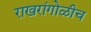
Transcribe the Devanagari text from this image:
राखरांगोळीच